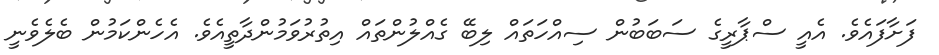
ފަށާފައެވެ. އެއީ ސްޕާރީގެ ސަބަބުން ސިއްހަތައް ލިބޭ ގެއްލުންތައް އިތުރުވަމުންދާތީއެވެ. އެހެންކަމުން ބެލެވެނީ